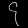
Digit: ၄